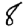
Digit: 8